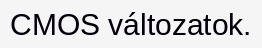
CMOS változatok.